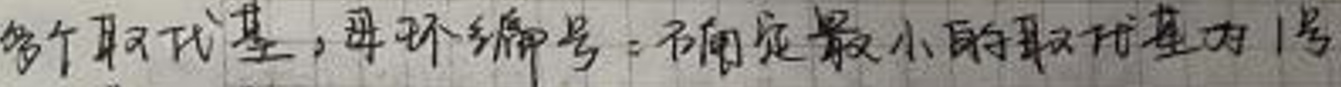
多个取代基，母环编号：确定最小的取代基为1号